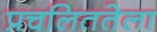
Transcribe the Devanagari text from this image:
प्रचलिततेला